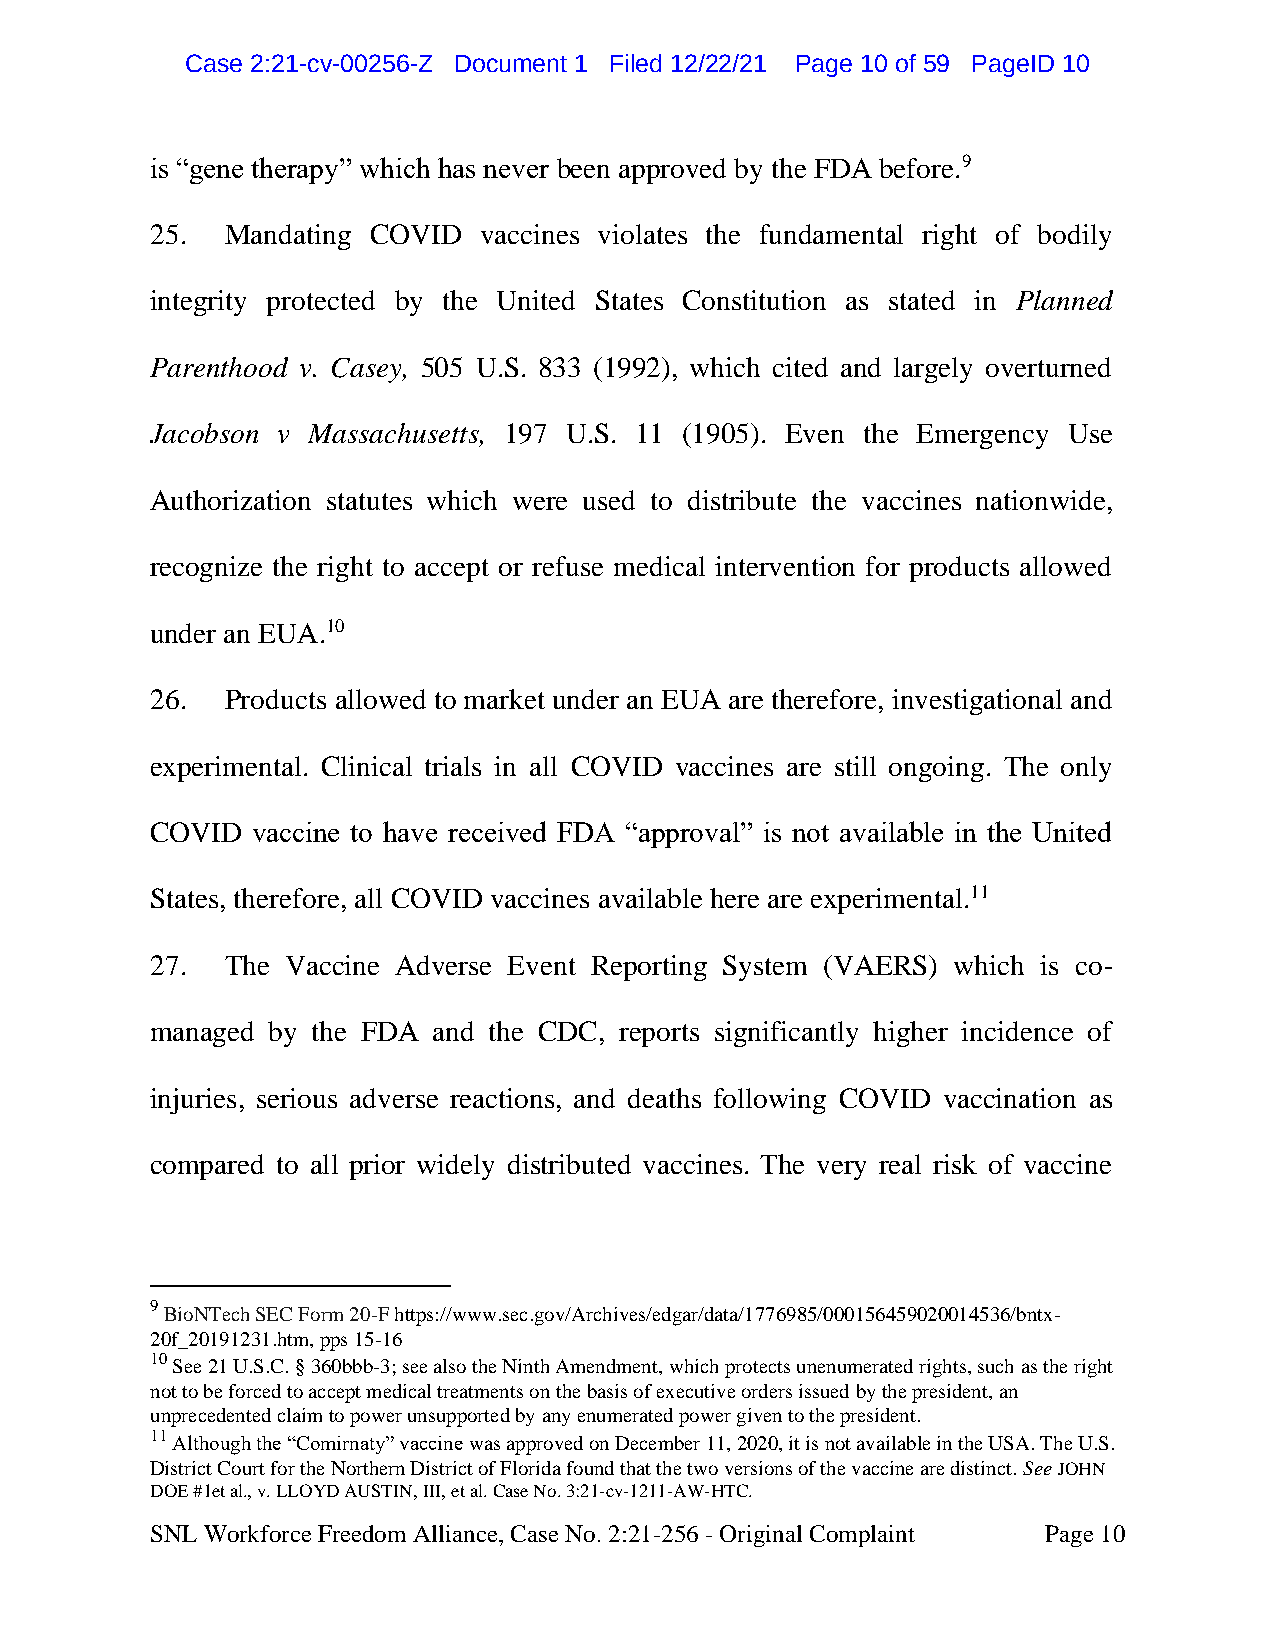
CCaassee 22::2211--ccvv--0000225566--ZZ DDooccuummeenntt 11 FFiilleedd 1122//2222//2211 PPaaggee 1100 ooff 5599 PPaaggeeIIDD 1100
 is “gene therapy” which has never been approved by the FDA before.9
 25.  Mandating COVID  vaccines violates the fundamental right of bodily
 integrity protected by the United States Constitution as stated in Planned
 Parenthood v. Casey, 505 U.S. 833 (1992), which cited and largely overturned
 Jacobson v Massachusetts, 197 U.S. 11 (1905). Even the Emergency Use
 Authorization statutes which were used to distribute the vaccines nationwide,
 recognize the right to accept or refuse medical intervention for products allowed
 under an EUA.10
 26.  Products allowed to market under an EUA are therefore, investigational and
 experimental. Clinical trials in all COVID vaccines are still ongoing. The only
 COVID  vaccine to have received FDA “approval” is not available in the United
 States, therefore, all COVID vaccines available here are experimental.11
 27.  The Vaccine Adverse Event Reporting System (VAERS) which is co-
 managed by the FDA and the CDC, reports significantly higher incidence of
 injuries, serious adverse reactions, and deaths following COVID vaccination as
 compared to all prior widely distributed vaccines. The very real risk of vaccine
 9
 BioNTech SEC Form 20-F https://www.sec.gov/Archives/edgar/data/1776985/000156459020014536/bntx-
 20f_20191231.htm, pps 15-16
 10
 See 21 U.S.C. § 360bbb-3; see also the Ninth Amendment, which protects unenumerated rights, such as the right
 not to be forced to accept medical treatments on the basis of executive orders issued by the president, an
 unprecedented claim to power unsupported by any enumerated power given to the president.
 11
 Although the “Comirnaty” vaccine was approved on December 11, 2020, it is not available in the USA. The U.S.
 District Court for the Northern District of Florida found that the two versions of the vaccine are distinct. See JOHN
 DOE #1et al., v. LLOYD AUSTIN, III, et al. Case No. 3:21-cv-1211-AW-HTC.
 SNL Workforce Freedom Alliance, Case No. 2:21-256 - Original Complaint Page 10